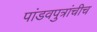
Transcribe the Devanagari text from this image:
पांडवपुत्रांचीच